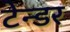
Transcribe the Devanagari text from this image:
टेन्‍डर